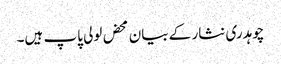
چوہدری نثار کے بیان محض لولی پاپ ہیں۔